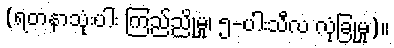
(ရတနာသုံးပါး ကြည်ညိုမှု၊ ၅-ပါးသီလ လုံခြုံမှု)။